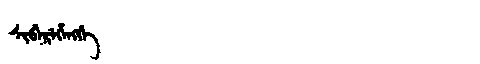
Manchu: ᠰᡳᠪᡝᡵᡝᡥᡝᠩᡤᡝ
Romanization: SIBEREHENGGE